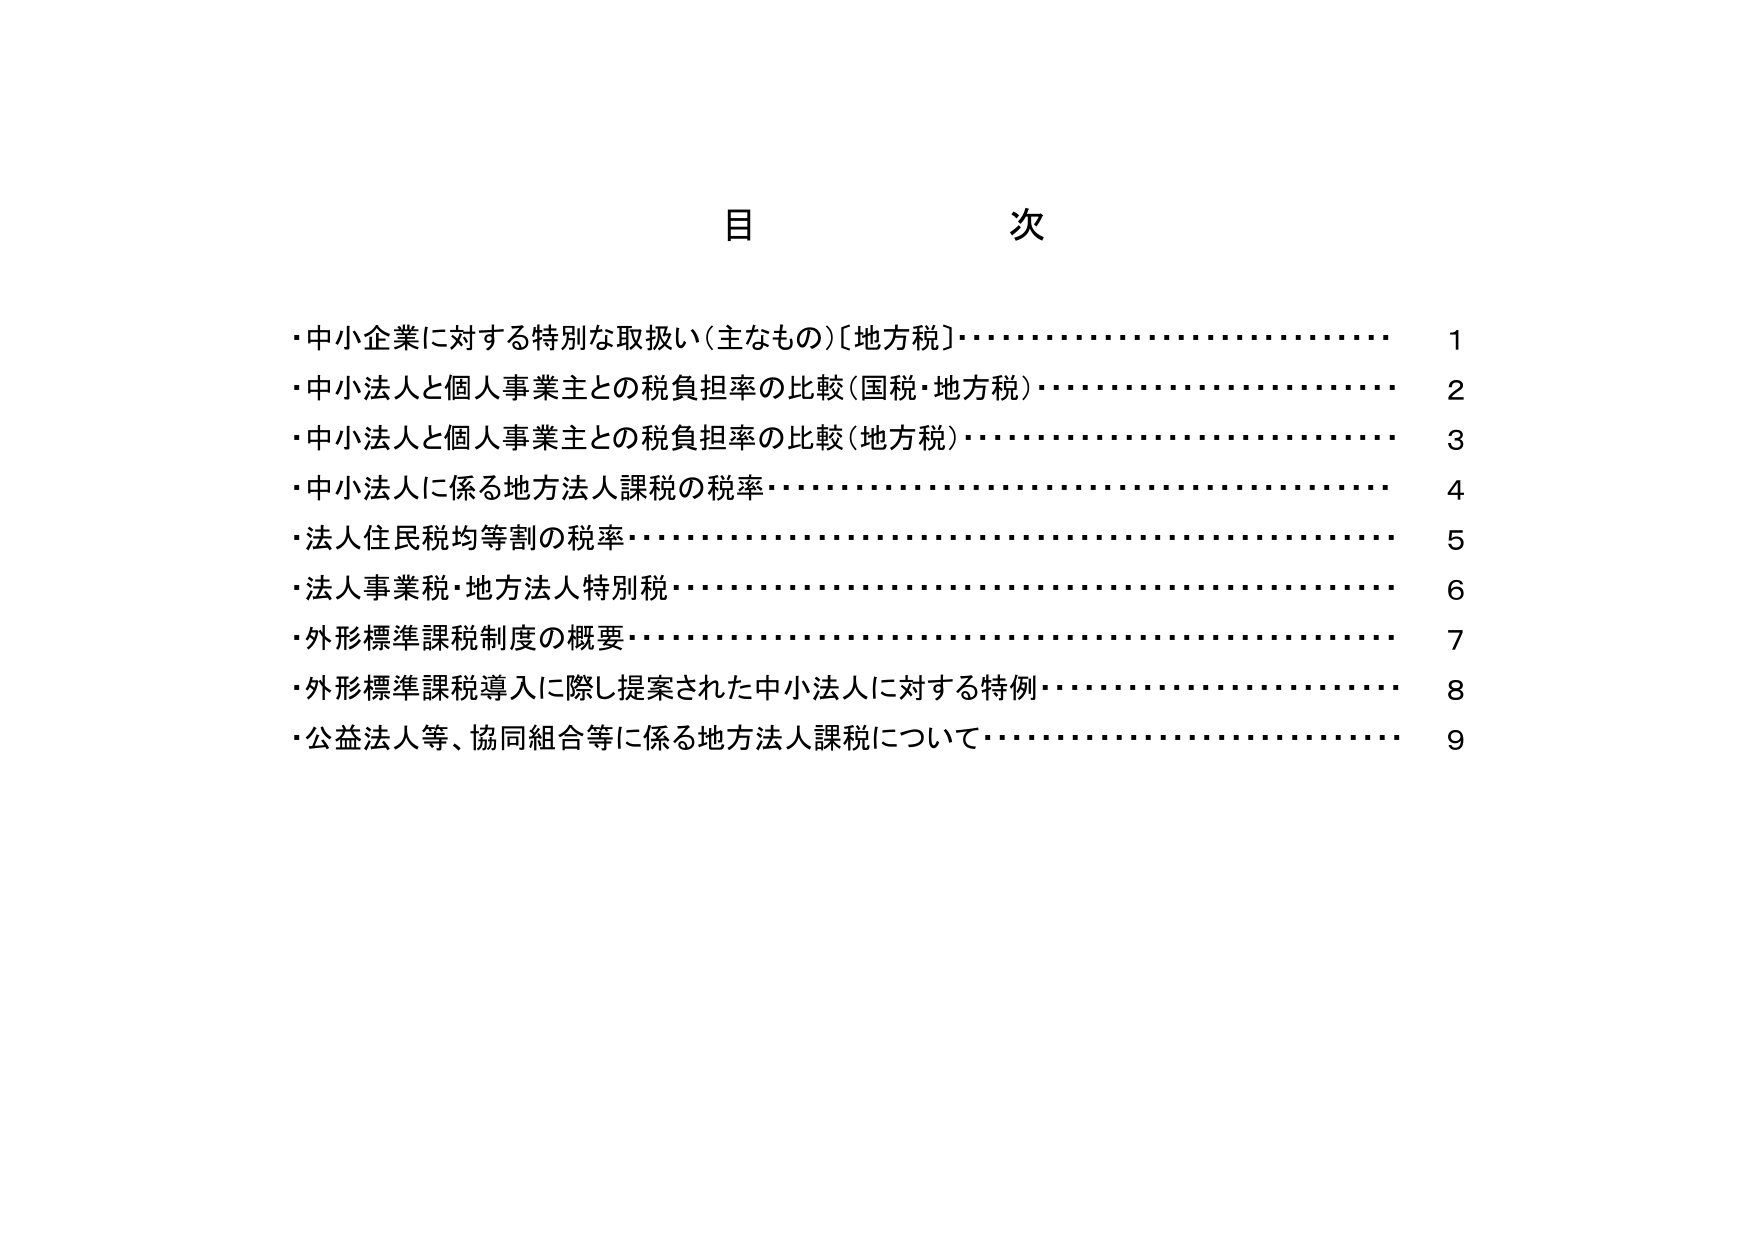
目 次
・中小企業に対する特別な取扱い（主なもの）〔地方税〕…………………………… 1
・中小法人と個人事業主との税負担率の比較（国税・地方税）……………………… 2
・中小法人と個人事業主との税負担率の比較（地方税）…………………………… 3
・中小法人に係る地方法人課税の税率……………………………………………… 4
・法人住民税均等割の税率…………………………………………………………… 5
・法人事業税・地方法人特別税……………………………………………………… 6
・外形標準課税制度の概要…………………………………………………………… 7
・外形標準課税導入に際し提案された中小法人に対する特例……………………… 8
・公益法人等、協同組合等に係る地方法人課税について…………………………… 9